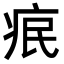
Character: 𤵤